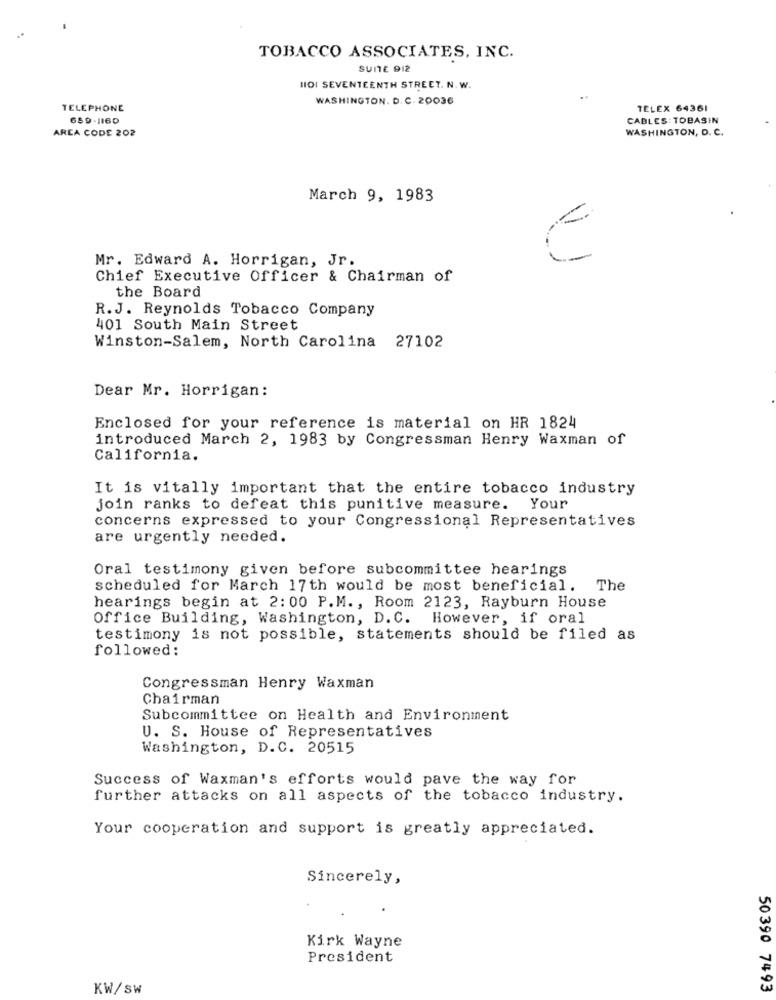
TOBACCO ASSOCIATES, INC.
SUITE 912
HOI SEVENTEENTH STREET. N. W.
WASHINGTON. D. C. 20036
TELEPHONE
TELEX 64361
689-1160
CABLES: TOBASIN
AREA CODE 202
WASHINGTON, D. C.
March 9, 1983
Mr. Edward A. Horrigan, Jr.
-
Chief Executive Officer & Chairman of
the Board
R.J. Reynolds Tobacco Company
401 South Main Street
Winston-Salem, North Carolina 27102
Dear Mr. Horrigan:
Enclosed for your reference is material on HR 1824
introduced March 2, 1983 by Congressman Henry Waxman of
California.
It is vitally important that the entire tobacco industry
join ranks to defeat this punitive measure. Your
concerns expressed to your Congressional Representatives
are urgently needed.
Oral testimony given before subcommittee hearings
scheduled for March 17th would be most beneficial.
The
hearings begin at 2:00 P.M ., Room 2123, Rayburn House
Office Building, Washington, D.C. However, if oral
testimony is not possible, statements should be filed as
followed:
Congressman Henry Waxman
Chairman
Subcommittee on Health and Environment
U. S. House of Representatives
Washington, D.C. 20515
Success of Waxman's efforts would pave the way for
further attacks on all aspects of the tobacco industry.
Your cooperation and support is greatly appreciated.
Sincerely,
Kirk Wayne
President
KW/ Sw
50390 7493